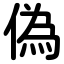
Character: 偽